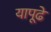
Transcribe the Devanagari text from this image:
यापूढे